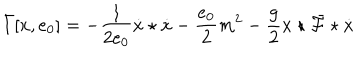
\bar { I } [ x , e _ { 0 } ] = - \frac { 1 } { 2 e _ { 0 } } \dot { x } \star \dot { x } - \frac { e _ { 0 } } { 2 } m ^ { 2 } - \frac { g } { 2 } x \star \bar { \cal F } \star \dot { x }